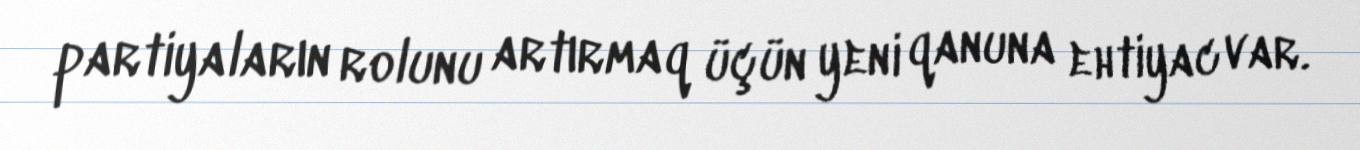
partiyaların rolunu artırmaq üçün yeni qanuna ehtiyac var.